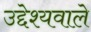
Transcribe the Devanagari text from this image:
उद्देश्यवाले